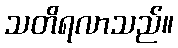
သတိရလာသည်။